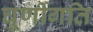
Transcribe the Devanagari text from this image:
घूर्णीगति